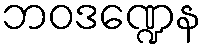
ဘဝဒဏ္ဍေန